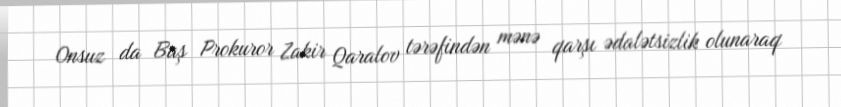
Onsuz da Baş Prokuror Zakir Qaralov tərəfindən mənə qarşı ədalətsizlik olunaraq